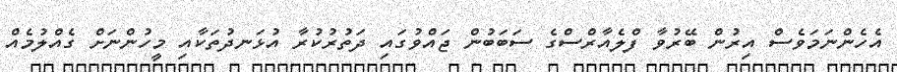
އެހެންނަމަވެސް އިރުން ބޭރުވާ ފްލެއާރްސްގެ ސަބަބުން ޖައްވުގައި ދަތުރުކުރާ އުޅަނދުތަކާއި މީހުންނަށް ގެއްލުމެއް